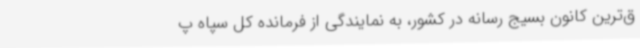
ق‌ترین کانون بسیج رسانه در کشور، به نمایندگی از فرمانده کل سپاه پ